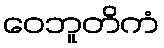
ဝေဘူတိကံ